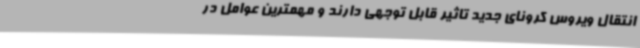
انتقال ویروس کرونای جدید تاثیر قابل توجهی دارند و مهمترین عوامل در